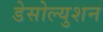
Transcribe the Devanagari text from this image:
डेसोल्युशन